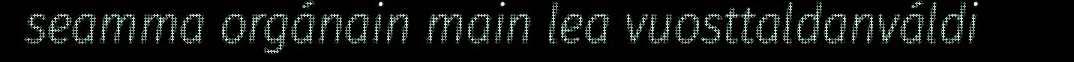
seamma orgánain main lea vuosttaldanváldi